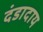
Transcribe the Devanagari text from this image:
दंडादाय